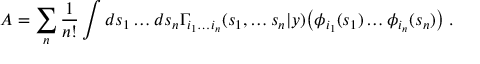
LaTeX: A = \sum _ { n } \frac { 1 } { n ! } \int d s _ { 1 } \ldots d s _ { n } \Gamma _ { i _ { 1 } \ldots i _ { n } } ( s _ { 1 } , \ldots s _ { n } | y ) \bigl ( \phi _ { i _ { 1 } } ( s _ { 1 } ) \ldots \phi _ { i _ { n } } ( s _ { n } ) \bigl ) \; .